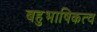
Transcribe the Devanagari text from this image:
बहुभाषिकत्व